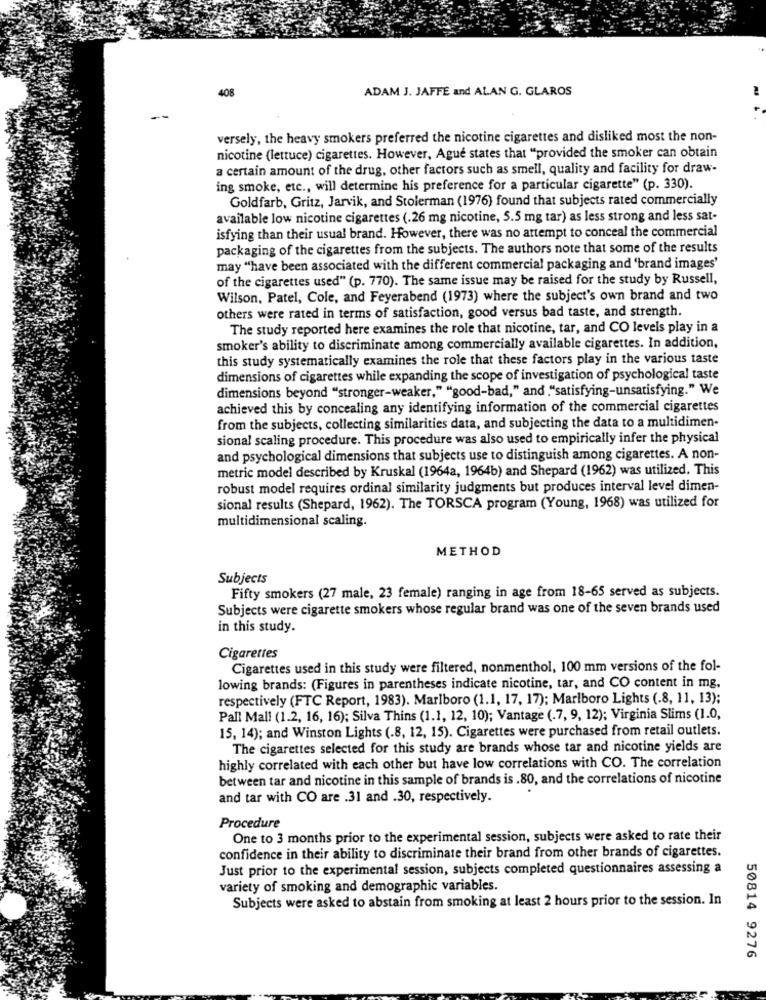
408
ADAM J. JAFFE and ALAN G. GLAROS
...
versely, the heavy smokers preferred the nicotine cigarettes and disliked most the non-
nicotine (lettuce) cigarettes. However, Ague states that "provided the smoker can obtain
a certain amount of the drug, other factors such as smell, quality and facility for draw-
ing smoke, etc ., will determine his preference for a particular cigarette" (p. 330).
Goldfarb, Gritz, Jarvik, and Stolerman (1976) found that subjects rated commercially
available low nicotine cigarettes (.26 mg nicotine, 5.5 mg tar) as less strong and less sat-
isfying than their usual brand. However, there was no attempt to conceal the commercial
packaging of the cigarettes from the subjects. The authors note that some of the results
may "have been associated with the different commercial packaging and 'brand images'
of the cigarettes used" (p. 770). The same issue may be raised for the study by Russell,
Wilson, Patel, Cole, and Feyerabend (1973) where the subject's own brand and two
others were rated in terms of satisfaction, good versus bad taste, and strength.
The study reported here examines the role that nicotine, tar, and CO levels play in a
smoker's ability to discriminate among commercially available cigarettes. In addition,
this study systematically examines the role that these factors play in the various taste
dimensions of cigarettes while expanding the scope of investigation of psychological taste
dimensions beyond "stronger-weaker," "good-bad," and "satisfying-unsatisfying." We
achieved this by concealing any identifying information of the commercial cigarettes
from the subjects, collecting similarities data, and subjecting the data to a multidimen-
sional scaling procedure. This procedure was also used to empirically infer the physical
and psychological dimensions that subjects use to distinguish among cigarettes. A non-
metric model described by Kruskal (1964a, 1964b) and Shepard (1962) was utilized. This
robust model requires ordinal similarity judgments but produces interval level dimen-
sional results (Shepard, 1962). The TORSCA program (Young, 1968) was utilized for
multidimensional scaling.
METHOD
Subjects
Fifty smokers (27 male, 23 female) ranging in age from 18-65 served as subjects.
Subjects were cigarette smokers whose regular brand was one of the seven brands used
in this study.
Cigarettes
Cigarettes used in this study were filtered, nonmenthol, 100 mm versions of the fol-
lowing brands: (Figures in parentheses indicate nicotine, tar, and CO content in mg,
respectively (FTC Report, 1983). Marlboro (1.1, 17, 17); Marlboro Lights (.8, 11, 13);
Pall Mall (1.2, 16, 16); Silva Thins (1.1, 12, 10); Vantage (.7, 9, 12); Virginia Slims (1.0,
15, 14); and Winston Lights (.8, 12, 15). Cigarettes were purchased from retail outlets.
The cigarettes selected for this study are brands whose tar and nicotine yields are
highly correlated with each other but have low correlations with CO. The correlation
between tar and nicotine in this sample of brands is .80, and the correlations of nicotine
and tar with CO are .31 and .30, respectively.
Procedure
One to 3 months prior to the experimental session, subjects were asked to rate their
confidence in their ability to discriminate their brand from other brands of cigarettes.
Just prior to the experimental session, subjects completed questionnaires assessing a
variety of smoking and demographic variables.
Subjects were asked to abstain from smoking at least 2 hours prior to the session. In
50814 9276